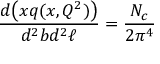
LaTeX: { \frac { d \big ( x q ( x , Q ^ { 2 } ) \big ) } { d ^ { 2 } b d ^ { 2 } \ell } } = { \frac { N _ { c } } { 2 \pi ^ { 4 } } }